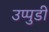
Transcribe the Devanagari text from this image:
उप्पुडी